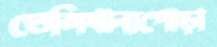
তেলিধান্যপোড়া